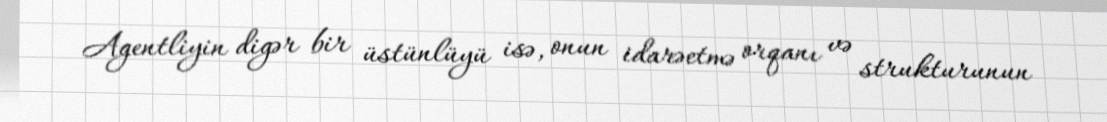
Agentliyin digər bir üstünlüyü isə, onun idarəetmə orqanı və strukturunun